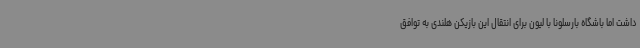
داشت اما باشگاه بارسلونا با لیون برای انتقال این بازیکن هلندی به توافق